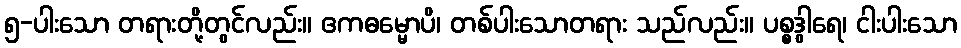
၅-ပါးသော တရားတို့တွင်လည်း။ ဧကဓမ္မောပိ၊ တစ်ပါးသောတရား သည်လည်း။ ပစ္စဒွါရေ၊ ငါးပါးသော